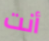
أنت